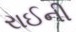
રાઈની